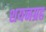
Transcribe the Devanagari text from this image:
शयनग्रह